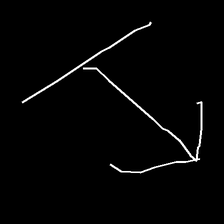
Glyph: levitation